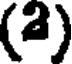
(a)